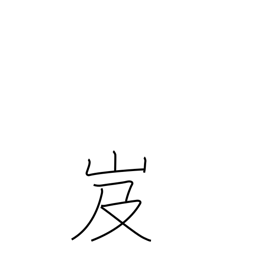
Meaning: dangerous